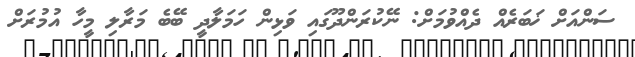
ސަންއަށް ޚަބަރެއް ދެއްވުމަށް: ނޭކުރަންދޫގައި ވަޅިން ހަމަލާދީ ބޭބެ މަރާލި މީހާ އުމުރަށް